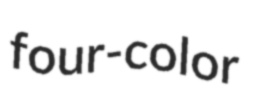
four-color